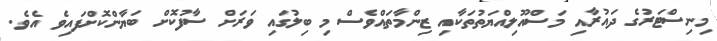
މިނިސްޓަރުގެ ދައުރާއި މަސްއޫލިއްޔަތުތަކާއި ޒިންމާތައްވެސް މި ބިލުގައި ވަރަށް ސާފުކޮށް ބަޔާންކޮށްފައިވެ އެވެ.